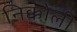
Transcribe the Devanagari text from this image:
निक्कोली